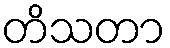
တိသတာ